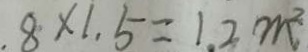
8 \times 1 . 5 = 1 . 2 m ^ { 2 }